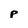
Character: p